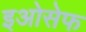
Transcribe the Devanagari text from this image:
इओसेफ